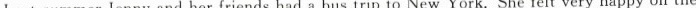
Last summer Jenny and her friends had a bus trip to New York. She felt very happy on the